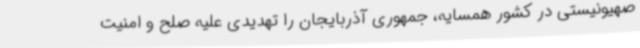
صهیونیستی در کشور همسایه، جمهوری آذربایجان را تهدیدی علیه صلح و امنیت